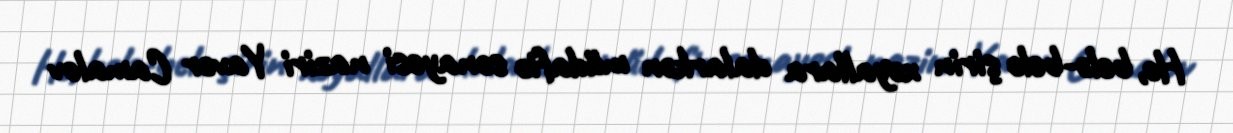
Hə, belə-belə şirin xəyallara dalarkən müdafiə sənayesi naziri Yavər Camalov